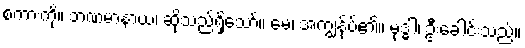
စကားကို။ ဘဏမာနာယ၊ ဆိုသည်ရှိသော်။ မေ၊ အကျွန်ုပ်၏။ မုဒ္ဓါ၊ ဦးခေါင်းသည်။